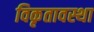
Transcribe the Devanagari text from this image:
विकृतावस्था